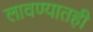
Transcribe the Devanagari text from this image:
लावण्यातही